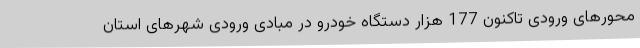
محورهای ورودی تاکنون 177 هزار دستگاه خودرو در مبادی ورودی شهرهای استان